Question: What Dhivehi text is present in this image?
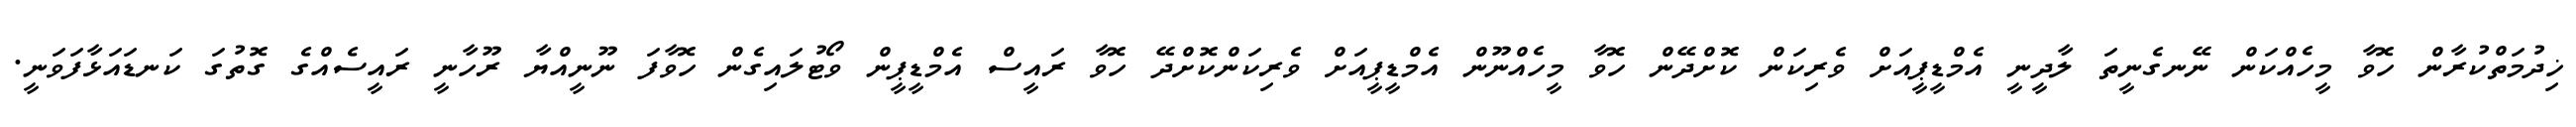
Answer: ޚިދުމަތްކުރާން ހޮވާ މީހެއްކަން ނޭނގެނީތަ ލާދީނީ އެމްޑީޕީއަށް ވެރިކަން ކޮށްދޭން ހޮވާ މީހެއްނޫން އެމްޑީޕީއަށް ވެރިކަންކޮށްދޭ ހޮވާ ރައީސް އެމްޑީޕީން ވޯޓުލައިގެން ހޮވާފަ ނޫނީއްޔާ ރޫހާނީ ރައީސެއްގެ ގޮތުގަ ކަނޑައަޅާފަވަނީ.